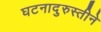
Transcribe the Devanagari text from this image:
घटनादुरुस्तीने